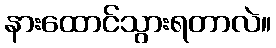
နားထောင်သွားရတာလဲ။